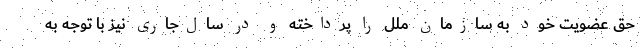
حق عضویت خود به سازمان ملل را پرداخته و در سال‌جاری نیز با توجه به